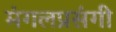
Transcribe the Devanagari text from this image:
मंगलप्रसंगी